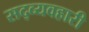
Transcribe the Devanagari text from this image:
सद्व्यवहारी